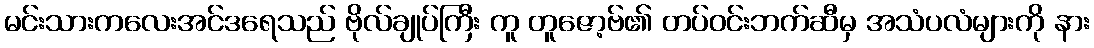
မင်းသားကလေးအင်ဒရေသည် ဗိုလ်ချုပ်ကြီး ကူ တူဇော့ဗ်၏ တပ်ဝင်းဘက်ဆီမှ အသံပလံများကို နား